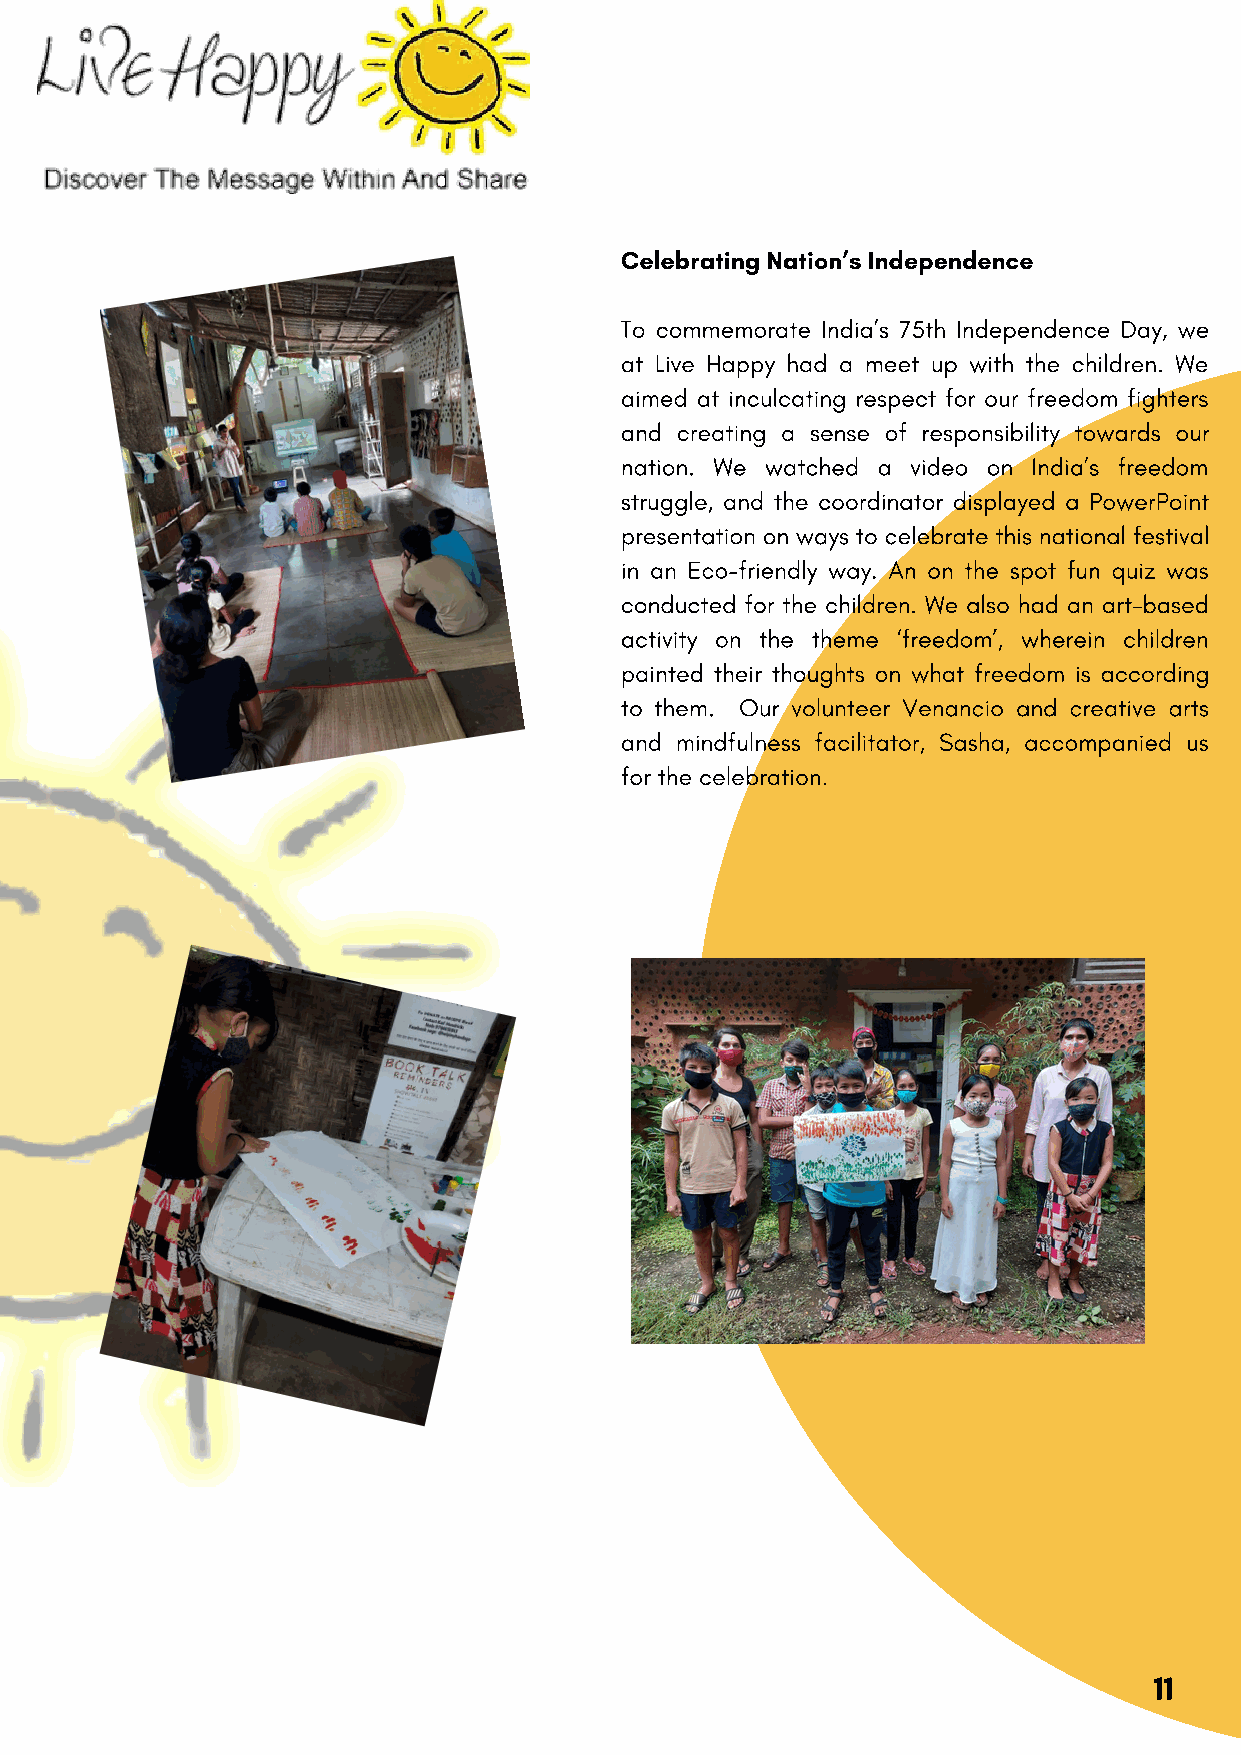
Celebrating Nation’s Independence
 To commemorate India’s 75th Independence Day, we
 at Live Happy had a meet up with the children. We
 aimed at inculcating respect for our freedom fighters
 and creating a sense of responsibility towards our
 nation. We watched a video on India’s freedom
 struggle, and the coordinator displayed a PowerPoint
 presentation on ways to celebrate this national festival
 in an Eco-friendly way. An on the spot fun quiz was
 conducted for the children. We also had an art-based
 activity on the theme ‘freedom’, wherein children
 painted their thoughts on what freedom is according
 to them. Our volunteer Venancio and creative arts
 and mindfulness facilitator, Sasha, accompanied us
 for the celebration.
 11